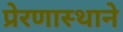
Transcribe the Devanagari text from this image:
प्रेरणास्थाने